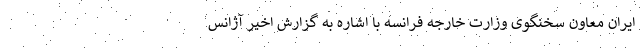
ایران معاون سخنگوی وزارت خارجه فرانسه با اشاره به گزارش اخیر آژانس